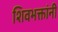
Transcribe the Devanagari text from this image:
शिवभक्तांनी